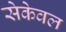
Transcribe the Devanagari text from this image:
सेकेवल